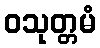
ဝသုတ္တမံ